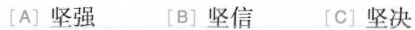
[A]坚强 [B]坚信[C]坚决